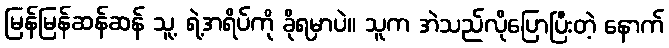
မြန်မြန်ဆန်ဆန် သူ့ ရဲ့အရိပ်ကို ခိုရမှာပဲ။ သူက အဲသည်လိုပြောပြီးတဲ့ နောက်